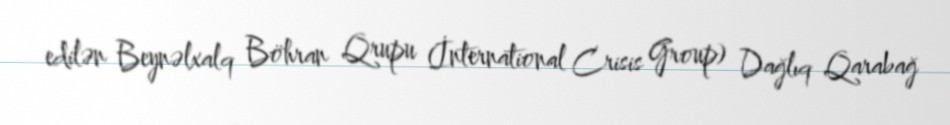
edilən Beynəlxalq Böhran Qrupu (İnternational Crisis Group) Dağlıq Qarabağ